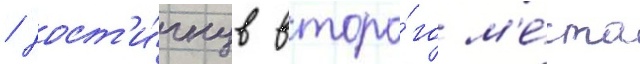
/ дост'и́гнув второ́го м'е́ста